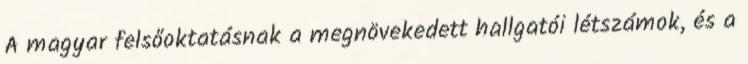
A magyar felsőoktatásnak a megnövekedett hallgatói létszámok, és a